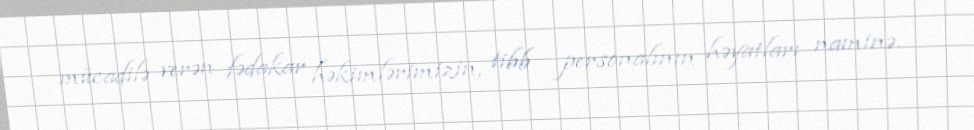
mücadilə verən fədakar həkimlərimizin, tibb personalının həyatları naminə.